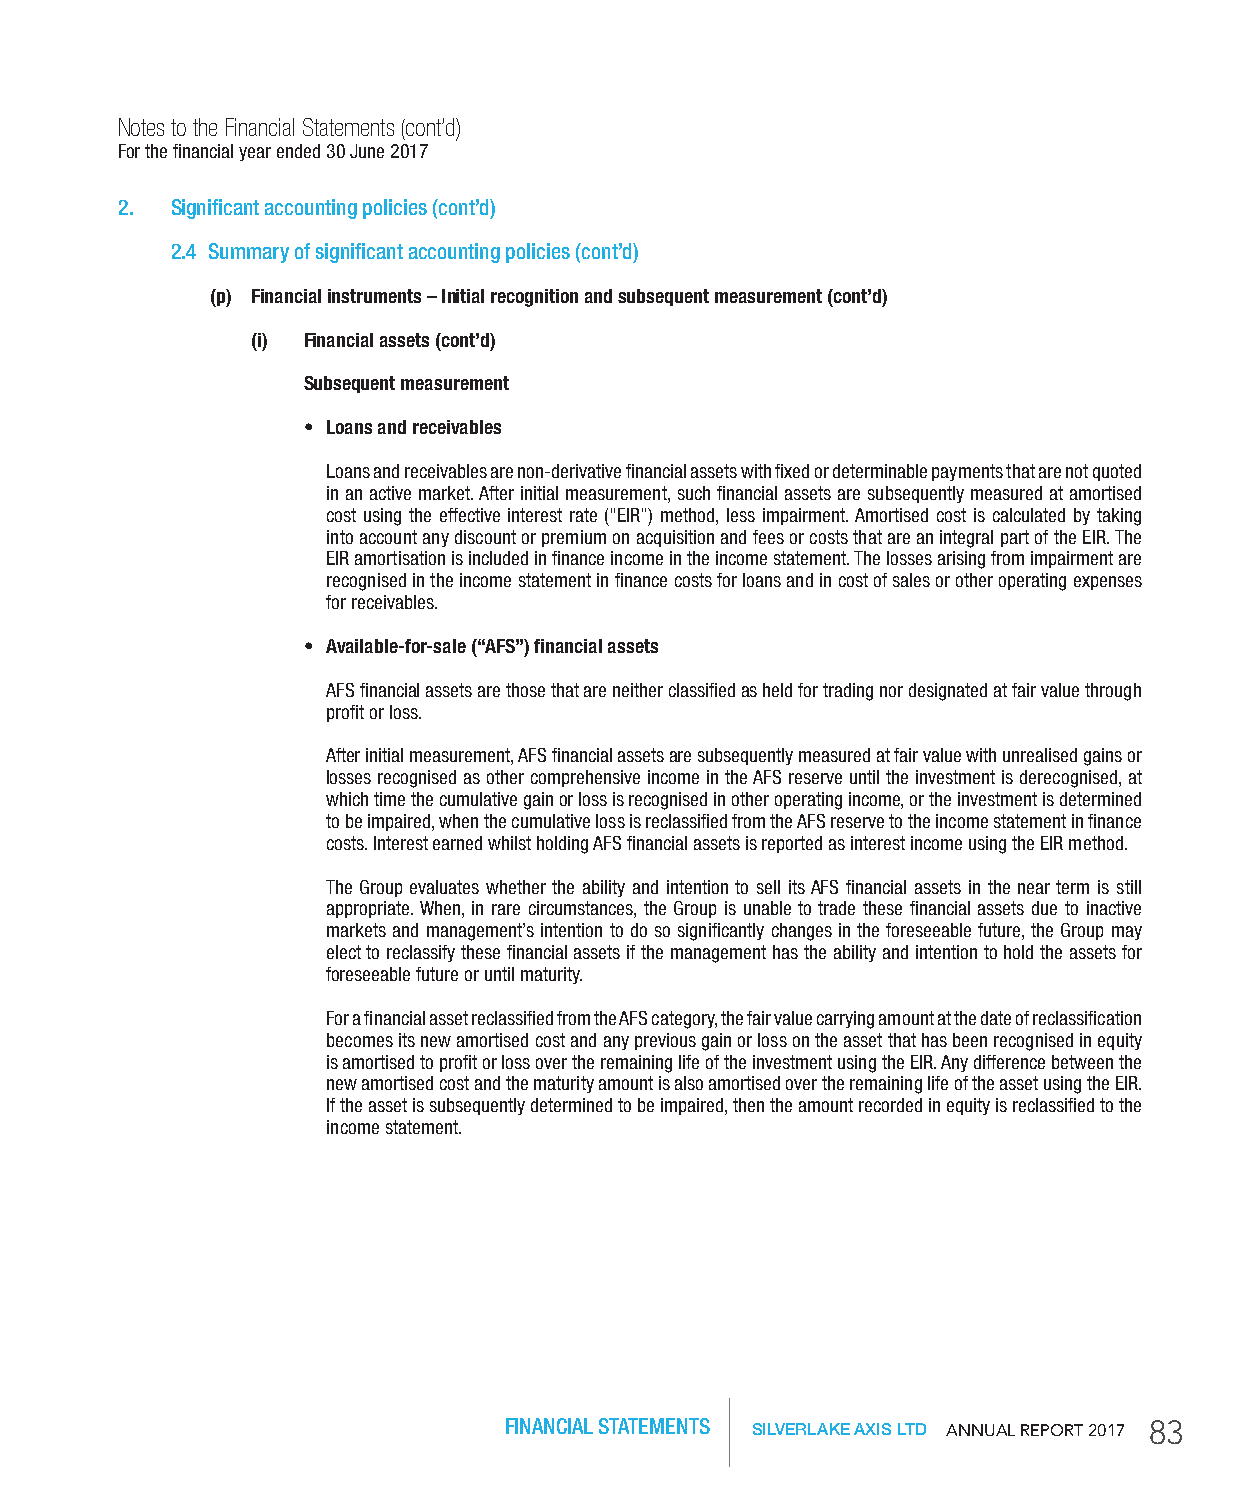
Notes to the Financial Statements (cont’d)
 For the financial year ended 30 June 2017
 2. Significant accounting policies (cont’d)
 2.4 Summary of significant accounting policies (cont’d)
 (p) Financial instruments – initial recognition and subsequent measurement (cont’d)
 (i) Financial assets (cont’d)
 Subsequent measurement
 • Loans and receivables
 Loans and receivables are non-derivative financial assets with fixed or determinable payments that are not quoted
 in an active market. After initial measurement, such financial assets are subsequently measured at amortised
 cost using the effective interest rate (“EIR”) method, less impairment. Amortised cost is calculated by taking
 into account any discount or premium on acquisition and fees or costs that are an integral part of the EIR. The
 EIR amortisation is included in finance income in the income statement. The losses arising from impairment are
 recognised in the income statement in finance costs for loans and in cost of sales or other operating expenses
 for receivables.
 • Available-for-sale (“AFS”) financial assets
 AFS financial assets are those that are neither classified as held for trading nor designated at fair value through
 profit or loss.
 After initial measurement, AFS financial assets are subsequently measured at fair value with unrealised gains or
 losses recognised as other comprehensive income in the AFS reserve until the investment is derecognised, at
 which time the cumulative gain or loss is recognised in other operating income, or the investment is determined
 to be impaired, when the cumulative loss is reclassified from the AFS reserve to the income statement in finance
 costs. Interest earned whilst holding AFS financial assets is reported as interest income using the EIR method.
 The Group evaluates whether the ability and intention to sell its AFS financial assets in the near term is still
 appropriate. When, in rare circumstances, the Group is unable to trade these financial assets due to inactive
 markets and management’s intention to do so significantly changes in the foreseeable future, the Group may
 elect to reclassify these financial assets if the management has the ability and intention to hold the assets for
 foreseeable future or until maturity.
 For a financial asset reclassified from the AFS category, the fair value carrying amount at the date of reclassification
 becomes its new amortised cost and any previous gain or loss on the asset that has been recognised in equity
 is amortised to profit or loss over the remaining life of the investment using the EIR. Any difference between the
 new amortised cost and the maturity amount is also amortised over the remaining life of the asset using the EIR.
 If the asset is subsequently determined to be impaired, then the amount recorded in equity is reclassified to the
 income statement.
 FINANCIAL STATEMENTS SILVERLAKE AXIS LTD AnnuAl RepoRt 2017 83